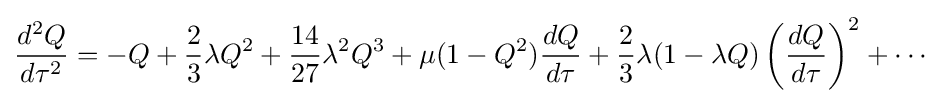
{\frac {d^{2}Q}{d\tau ^{2}}}=-Q+{\frac {2}{3}}\lambda Q^{2}+{\frac {14}{27}}\lambda ^{2}Q^{3}+\mu (1-Q^{2}){\frac {dQ}{d\tau }}+{\frac {2}{3}}\lambda (1-\lambda Q)\left({\frac {dQ}{d\tau }}\right)^{2}+\cdots